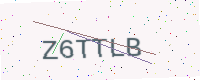
Text: Z6TTLB